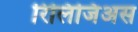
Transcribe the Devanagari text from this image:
रिलिजिअस